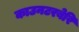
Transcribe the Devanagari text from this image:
काउनटरबेरि